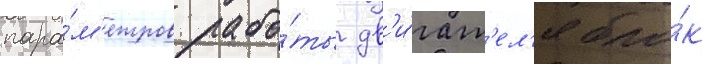
пара́м'етров рабо́ты дв'и́гат'ел'я бло́к